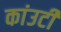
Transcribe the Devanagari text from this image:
कांउटी